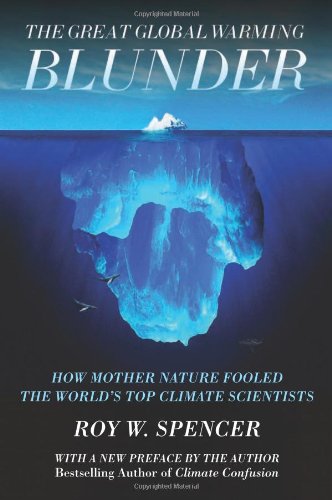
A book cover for The Great Global Warming Blunder: How Mother Nature Fooled the WorldEEs Top Climate Scientists; Roy W Spencer; Science & Math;